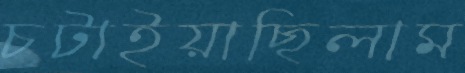
চটাইয়াছিলাম